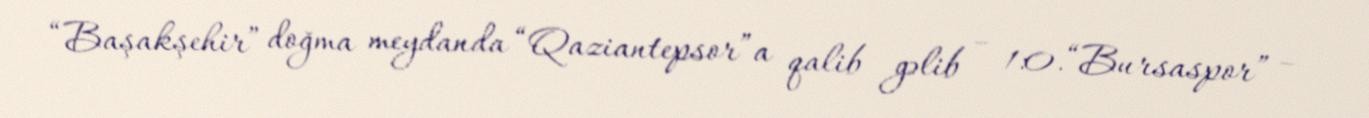
“Başakşehir” doğma meydanda “Qaziantepsor”a qalib gəlib – 1:0.“Bursaspor” –